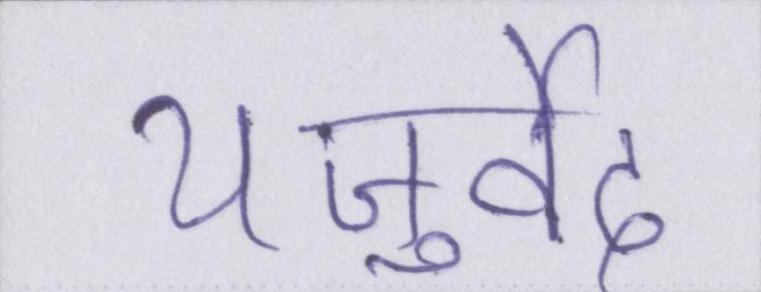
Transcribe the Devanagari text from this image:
यजुर्वेद